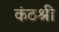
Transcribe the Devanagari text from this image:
कंठश्री